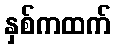
နှစ်ကထက်